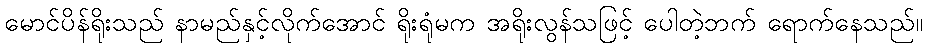
မောင်ပိန်ရိုးသည် နာမည်နှင့်လိုက်အောင် ရိုးရုံမက အရိုးလွန်သဖြင့် ပေါတဲ့ဘက် ရောက်နေသည်။